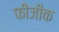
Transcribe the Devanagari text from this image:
फीजीक